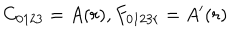
C _ { 0 1 2 3 } = A ( r ) , F _ { 0 1 2 3 r } = A ^ { \prime } ( r )